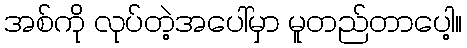
အစ်ကို လုပ်တဲ့အပေါ်မှာ မူတည်တာပေါ့။